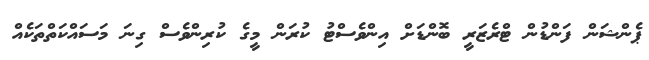
ޕެންޝަން ފަންޑުން ޓްރެޒަރީ ބޮންޑަށް އިންވެސްޓު ކުރަން މީގެ ކުރިންވެސް ގިނަ މަސައްކަތްތަކެއް